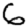
Digit: 6